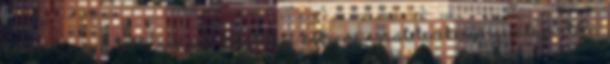
helyzet: míg a többi nemzeti kisebbségi önkormányzat tevékenysége alapvetően